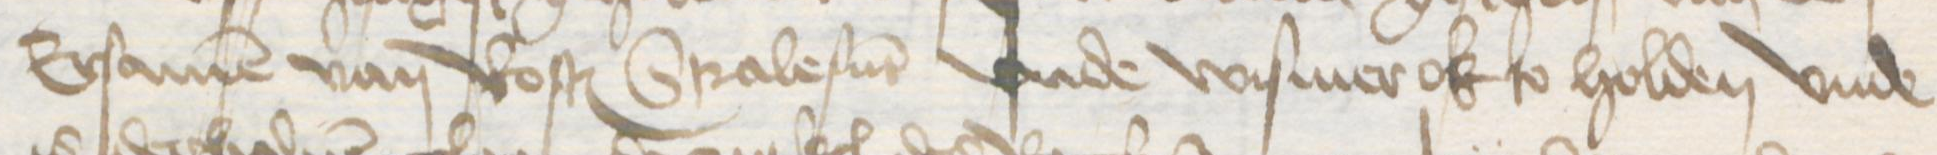
Ersamen van Rostock Stralesunt vnde Wismer ok so holden vnde